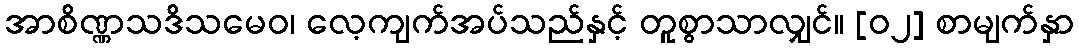
အာစိဏ္ဏသဒိသမေဝ၊ လေ့ကျက်အပ်သည်နှင့် တူစွာသာလျှင်။ [၀၂] စာမျက်နှာ